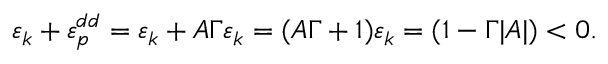
\varepsilon _ { k } + \varepsilon _ { p } ^ { d d } = \varepsilon _ { k } + { \cal A } \Gamma \varepsilon _ { k } = ( { \cal A } \Gamma + 1 ) \varepsilon _ { k } = ( 1 - \Gamma | { \cal A } | ) < 0 .